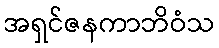
အရှင်ဇနကာဘိဝံသ